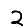
Digit: 2